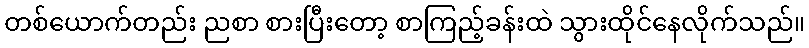
တစ်ယောက်တည်း ညစာ စားပြီးတော့ စာကြည့်ခန်းထဲ သွားထိုင်နေလိုက်သည်။